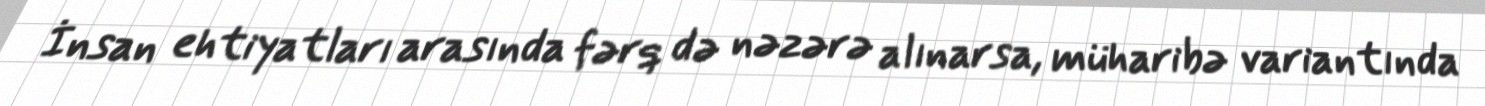
İnsan ehtiyatları arasında fərq də nəzərə alınarsa, müharibə variantında